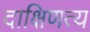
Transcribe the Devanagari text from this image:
दाक्षिणत्य